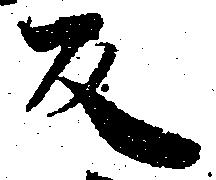
反